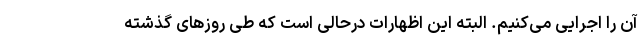
آن را اجرایی می‌کنیم. البته این اظهارات درحالی است که طی روزهای گذشته